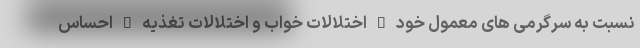
نسبت به سرگرمی های معمول خود • اختلالات خواب و اختلالات تغذیه • احساس